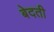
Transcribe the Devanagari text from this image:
बेदती